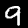
Digit: 9